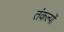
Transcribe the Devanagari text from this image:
तंकल्पों